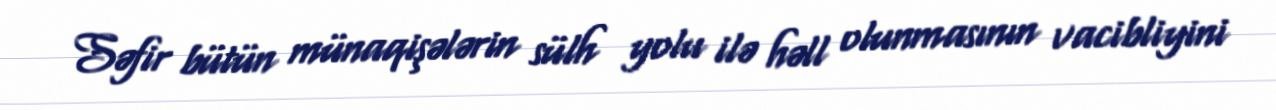
Səfir bütün münaqişələrin sülh yolu ilə həll olunmasının vacibliyini